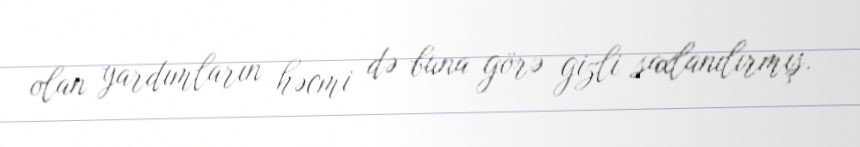
olan yardımların həcmi də buna görə gizli saxlanılırmış.